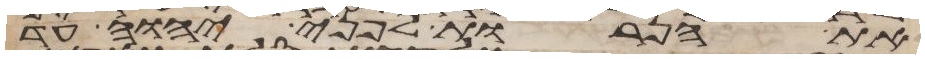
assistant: את הנרות לפני יהוה עד